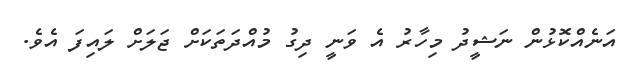
އަނެއްކޮޅުން ނަޝީދު މިހާރު އެ ވަނީ ދިގު މުއްދަތަކަށް ޖަލަށް ލައިފަ އެވެ.